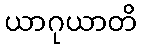
ယာဂုယာတိ